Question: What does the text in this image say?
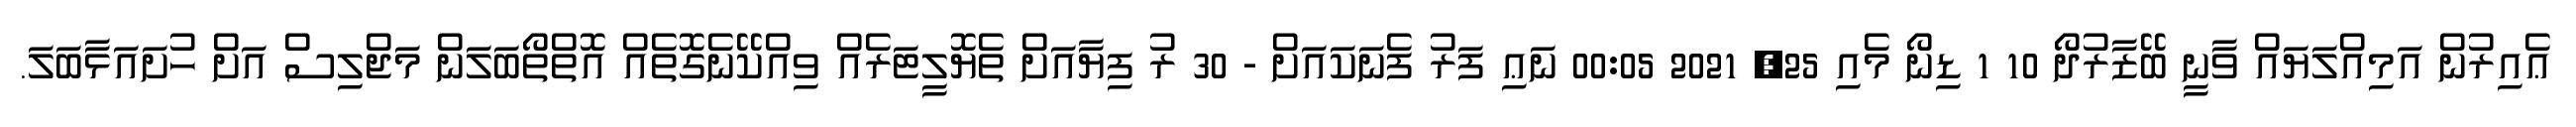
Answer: ޢެއިރުން އަމިއްލަޔައް ވާނީ ބޭޒާރުދޯ 10 1 ޑިނޯ މެއި 25, 2021 00:05 ނަޢި ފަރު ފެނަކައަށް - 30 ރު ފިޔާއަށް ތެޔޮލީޓަރެއް ވިއްކޭނެގޮތެއް އޮތްތޯބަލަން މަޖްލިސް އަށް ހުށައަޅާބަލަ.